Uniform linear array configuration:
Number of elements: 64
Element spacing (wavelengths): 1
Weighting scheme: uniform
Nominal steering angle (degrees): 15
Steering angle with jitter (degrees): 14.884
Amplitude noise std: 0.05
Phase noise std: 0.05

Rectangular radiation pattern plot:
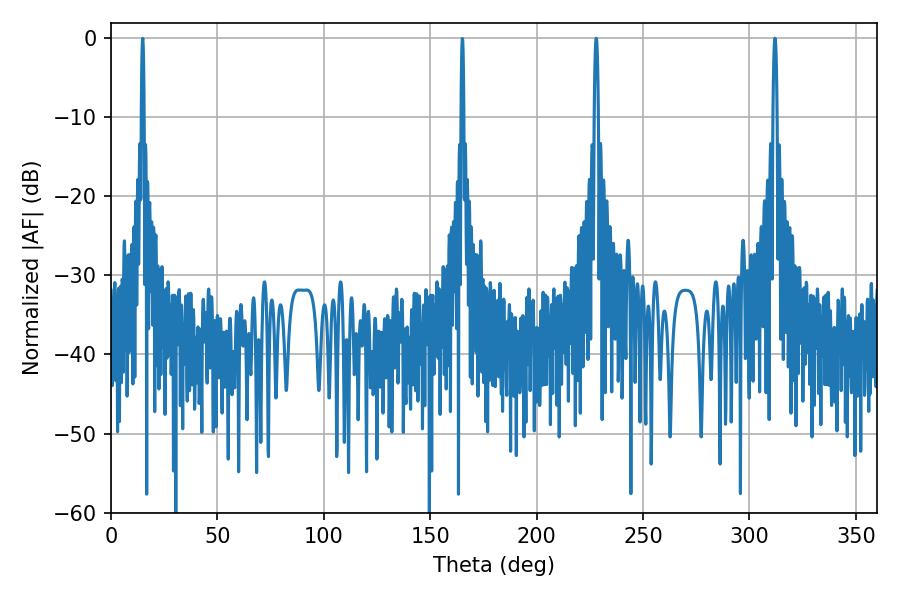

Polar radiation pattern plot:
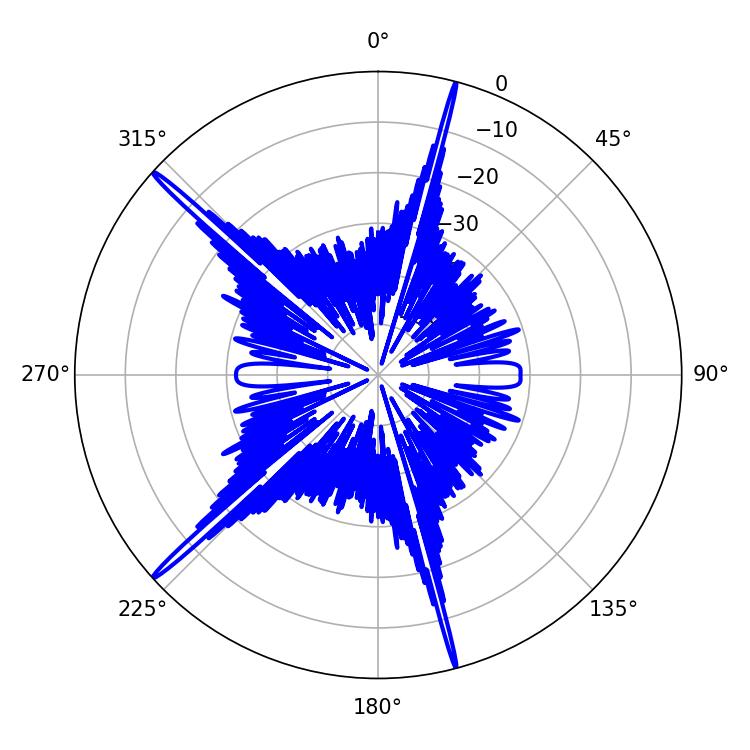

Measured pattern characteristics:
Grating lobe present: TRUE
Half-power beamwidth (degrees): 0.9
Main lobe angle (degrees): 311.94